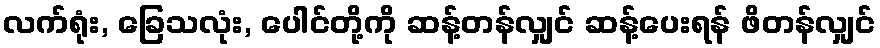
လက်ရုံး, ခြေသလုံး, ပေါင်တို့ကို ဆန့်တန်လျှင် ဆန့်ပေးရန် ဖိတန်လျှင်